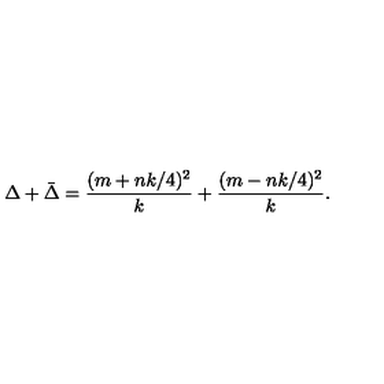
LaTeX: \Delta + \bar { \Delta } = \frac { ( m + n k / 4 ) ^ { 2 } } { k } + \frac { ( m - n k / 4 ) ^ { 2 } } { k } .